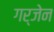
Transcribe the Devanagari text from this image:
गर्जेन